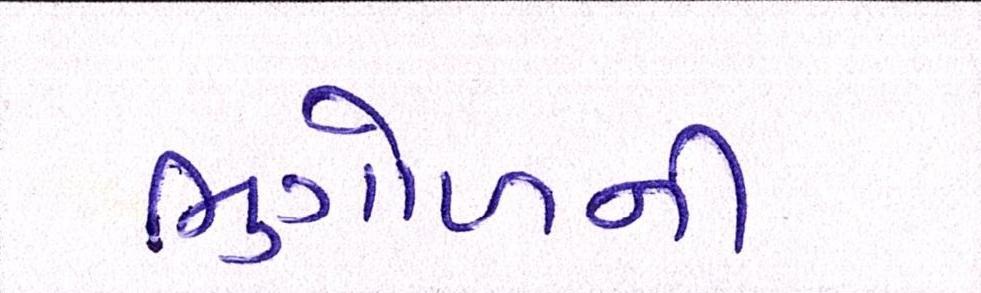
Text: ભુગોળની